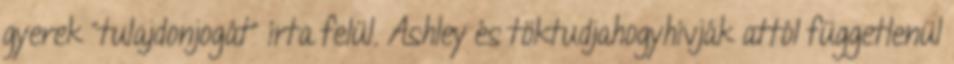
gyerek “tulajdonjogát” írta felül. Ashley és töktudjahogyhívják attól függetlenül